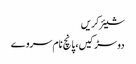
شیئر کریں
دو سڑکیں، پانچ نام سروے